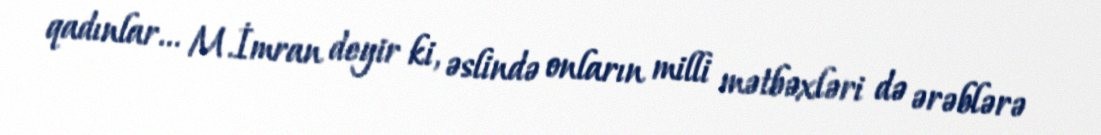
qadınlar... M.İmran deyir ki, əslində onların milli mətbəxləri də ərəblərə